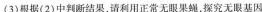
(3)根据(2)中判断结果，请利用正常无眼果蝇，探究无眼基因